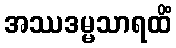
အဿဒမ္မသာရထိံ